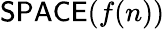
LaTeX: {\mathsf{SPACE}}(f(n))